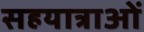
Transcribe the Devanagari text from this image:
सहयात्राओं